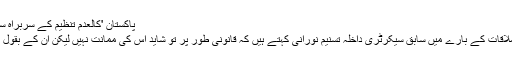
پاکستان 'کالعدم تنظیم کے سربراہ سے وزیر داخلہ کی ملاقات اکتوبر 22, 2016
وزیر داخلہ کی کالعدم تنظیم کے سربراہ سے ملاقات کے بارے میں سابق سیکرٹری داخلہ تسنیم نورانی کہتے ہیں کہ قانونی طور پر تو شاید اس کی ممانت نہیں لیکن اُن کے بقول اس سے درست تاثر بیرونی دنیا میں نہیں جاتا۔